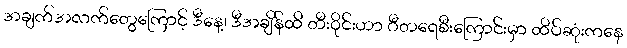
အချက်အလက်တွေကြောင့် ဒီနေ့၊ ဒီအချိန်ထိ တီးဝိုင်းဟာ ဂီတရေစီးကြောင်းမှာ ထိပ်ဆုံးကနေ